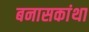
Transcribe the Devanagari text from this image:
बनासकांथा